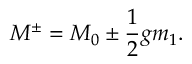
M ^ { \pm } = M _ { 0 } \pm { \frac { 1 } { 2 } } g m _ { 1 } .